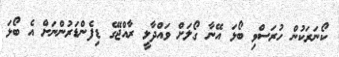
ކޯނަރަކުން ހުރަސްވި ބޯޅަ އޭނާ ގޯލަށް ވައްދާލީ ރާއްޖޭގެ ޑިފެންޑަރުންނަށް އެ ބޯޅަ